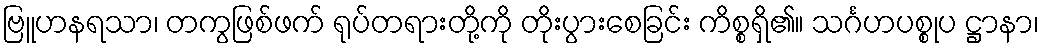
ဗြူဟနရသာ၊ တကွဖြစ်ဖက် ရုပ်တရားတို့ကို တိုးပွားစေခြင်း ကိစ္စရှိ၏။ သင်္ဂဟပစ္စုပ ဋ္ဌာနာ၊